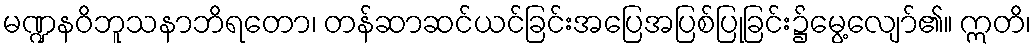
မဏ္ဍနဝိဘူသနာဘိရတော၊ တန်ဆာဆင်ယင်ခြင်းအပြေအပြစ်ပြုခြင်း၌မွေ့လျော်၏။ ဣတိ၊